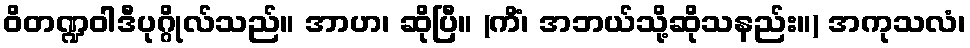
ဝိတဏ္ဍဝါဒီပုဂ္ဂိုလ်သည်။ အာဟ၊ ဆိုပြီ။ (ကိံ၊ အဘယ်သို့ဆိုသနည်း။) အကုသလံ၊